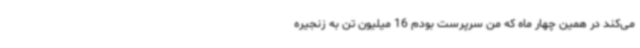
می‌کند در همین چهار ماه که من سرپرست بودم 16 میلیون تن به زنجیره